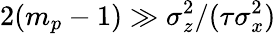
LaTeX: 2(m_{p}-1)\gg\sigma_{z}^{2}/(\tau\sigma_{x}^{2})